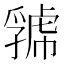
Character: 𧇧